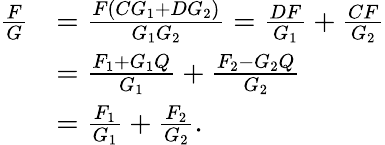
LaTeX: {\begin{array}{rl}{{\frac{F}{G}}}&{={\frac{F(CG_{1}+DG_{2})}{G_{1}G_{2}}}={\frac{DF}{G_{1}}}+{\frac{CF}{G_{2}}}}\\ &{={\frac{F_{1}+G_{1}Q}{G_{1}}}+{\frac{F_{2}-G_{2}Q}{G_{2}}}}\\ &{={\frac{F_{1}}{G_{1}}}+{\frac{F_{2}}{G_{2}}}.}\end{array}}